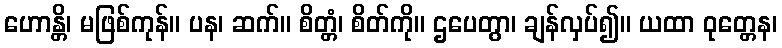
ဟောန္တိ၊ မဖြစ်ကုန်။ ပန၊ ဆက်။ စိတ္တံ၊ စိတ်ကို။ ဌပေတွာ၊ ချန်လှပ်၍။ ယထာ ဝုတ္တေန၊